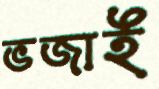
ভজাই